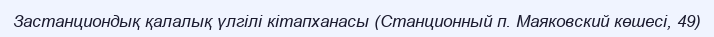
Застанциондық қалалық үлгілі кітапханасы (Станционный п. Маяковский көшесі, 49)